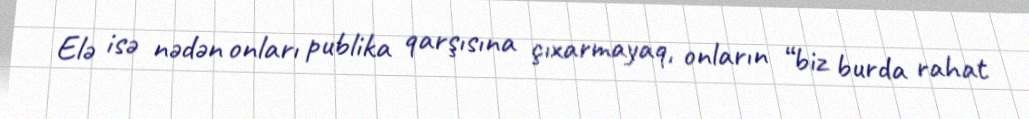
Elə isə nədən onları publika qarşısına çıxarmayaq, onların “biz burda rahat